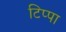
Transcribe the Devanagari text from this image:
टिप्पा